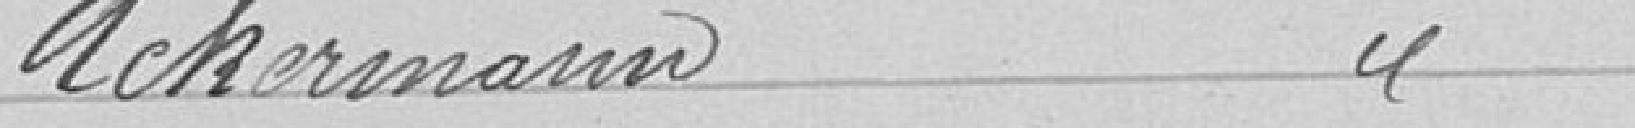
Ackermann  "